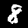
Digit: 8